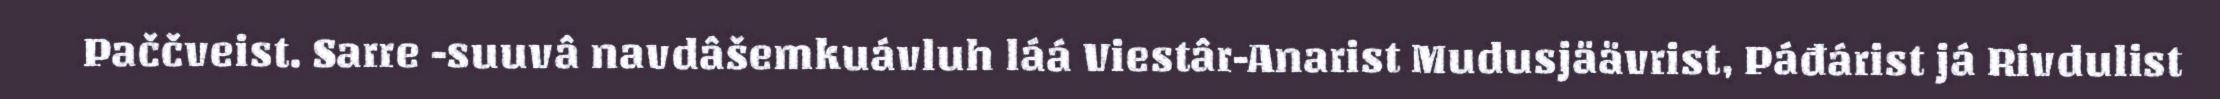
Paččveist. Sarre -suuvâ navdâšemkuávluh láá Viestâr-Anarist Mudusjäävrist, Páđárist já Rivdulist